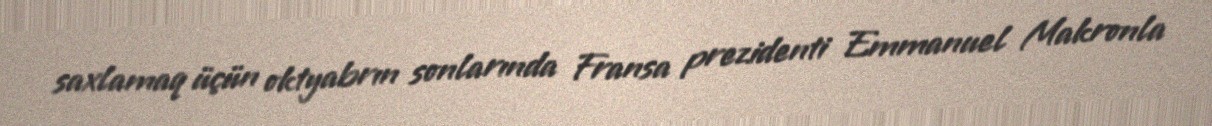
saxlamaq üçün oktyabrın sonlarında Fransa prezidenti Emmanuel Makronla